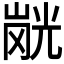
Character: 𭗂